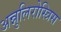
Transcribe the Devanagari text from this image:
अन्नुलिरोस्त्रिस